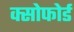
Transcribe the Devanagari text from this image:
क्सोफोर्ड